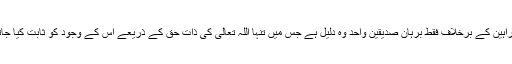
تمام براہین کے برخلاف فقط برہان صدّیقین واحد وہ دلیل ہے جس میں تنہا اللہ تعالی کی ذاتِ حق کے ذریعے اس کے وجود کو ثابت کیا جاتا ہے۔